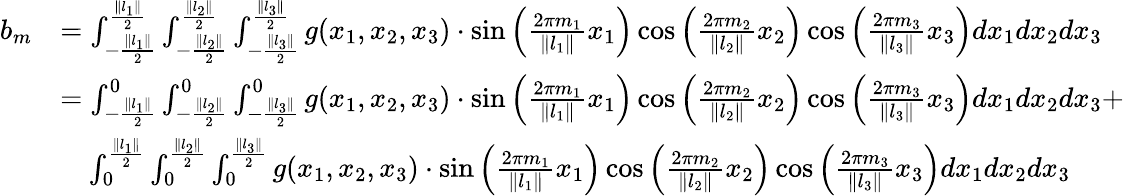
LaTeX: \begin{array}{rl}{b_{m}}&{=\int_{-\frac{\| l_{1}\| }{2}}^{\frac{\| l_{1}\| }{2}}\int_{-\frac{\| l_{2}\| }{2}}^{\frac{\| l_{2}\| }{2}}\int_{-\frac{\| l_{3}\| }{2}}^{\frac{\| l_{3}\| }{2}}g(x_{1},x_{2},x_{3})\cdot\sin{\left(\frac{2\pi m_{1}}{\| l_{1}\| }x_{1}\right)}\cos{\left(\frac{2\pi m_{2}}{\| l_{2}\| }x_{2}\right)}\cos{\left(\frac{2\pi m_{3}}{\| l_{3}\| }x_{3}\right)}dx_{1}dx_{2}dx_{3}}\\ &{=\int_{-\frac{\| l_{1}\| }{2}}^{0}\int_{-\frac{\| l_{2}\| }{2}}^{0}\int_{-\frac{\| l_{3}\| }{2}}^{0}g(x_{1},x_{2},x_{3})\cdot\sin{\left(\frac{2\pi m_{1}}{\| l_{1}\| }x_{1}\right)}\cos{\left(\frac{2\pi m_{2}}{\| l_{2}\| }x_{2}\right)}\cos{\left(\frac{2\pi m_{3}}{\| l_{3}\| }x_{3}\right)}dx_{1}dx_{2}dx_{3}+}\\ &{\quad\int_{0}^{\frac{\| l_{1}\| }{2}}\int_{0}^{\frac{\| l_{2}\| }{2}}\int_{0}^{\frac{\| l_{3}\| }{2}}g(x_{1},x_{2},x_{3})\cdot\sin{\left(\frac{2\pi m_{1}}{\| l_{1}\| }x_{1}\right)}\cos{\left(\frac{2\pi m_{2}}{\| l_{2}\| }x_{2}\right)}\cos{\left(\frac{2\pi m_{3}}{\| l_{3}\| }x_{3}\right)}dx_{1}dx_{2}dx_{3}}\end{array}